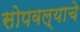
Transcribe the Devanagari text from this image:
सोपवल्याचे